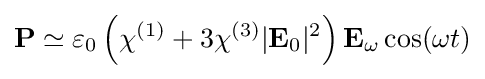
\mathbf {P} \simeq \varepsilon _{0}\left(\chi ^{(1)}+3\chi ^{(3)}|\mathbf {E} _{0}|^{2}\right)\mathbf {E} _{\omega }\cos(\omega t)